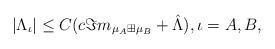
LaTeX: \begin{align*} |\Lambda_\iota|\leq C (c\Im m_{\mu_A\boxplus\mu_B}+\hat{\Lambda}), \iota=A,B, \end{align*}